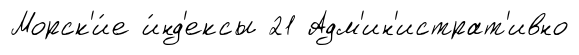
Морск'и́е и́нд'ексы 21 Адм'ин'истрат'ивно